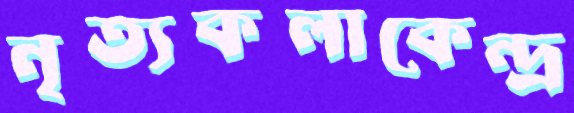
নৃত্যকলাকেন্দ্র